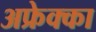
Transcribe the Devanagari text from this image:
अफ्रेक्का